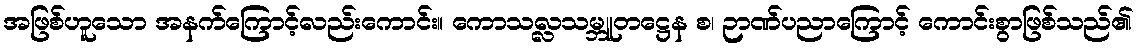
အဖြစ်ဟူသော အနက်ကြောင့်လည်းကောင်း။ ကောသလ္လသမ္ဘူတဋ္ဌေန စ၊ ဉာဏ်ပညာကြောင့် ကောင်းစွာဖြစ်သည်၏